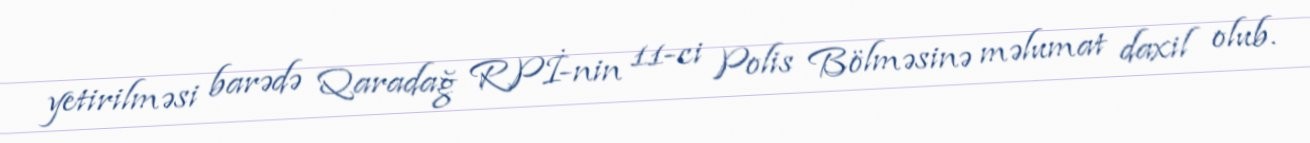
yetirilməsi barədə Qaradağ RPİ-nin 11-ci Polis Bölməsinə məlumat daxil olub.